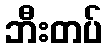
ဘီးတပ်